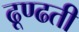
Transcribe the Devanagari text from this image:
ढूण्ढती